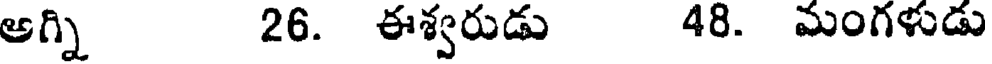
అగ్ని 26. ఈశ్వరుడు 48. మంగళుడు